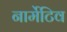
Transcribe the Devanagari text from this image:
नार्मेटिव